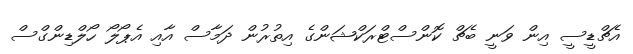
އެޗްޑީސީ އިން ވަނީ ބެޗް ކޮންސްޓްރަކްޝަންގެ އިތުރުން ދަމާސް އާއި އެޕޯލޯ ހޯލްޑިންގްސް